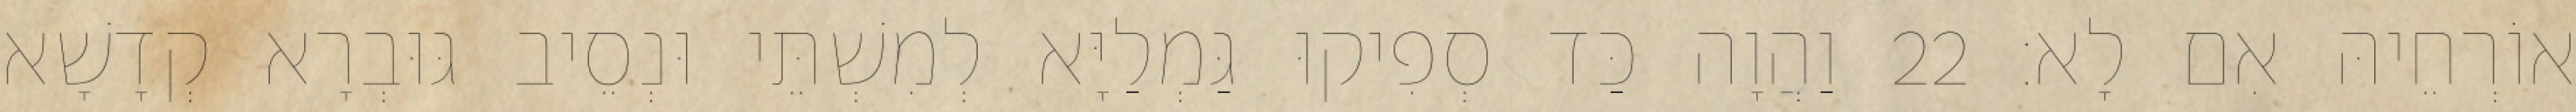
אוֹרְחֵיהּ אִם לָא׃ 22 וַהֲוָה כַּד סְפִיקוּ גַּמְלַיָּא לְמִשְׁתֵּי וּנְסֵיב גּוּבְרָא קְדָשָׁא